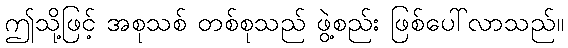
ဤသို့ဖြင့် အစုသစ် တစ်စုသည် ဖွဲ့စည်း ဖြစ်ပေါ်လာသည်။